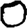
Digit: 0